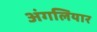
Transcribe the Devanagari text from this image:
अंगलियार